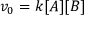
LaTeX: v _ { 0 } = k [ A ] [ B ]